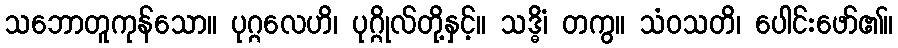
သဘောတူကုန်သော။ ပုဂ္ဂလေဟိ၊ ပုဂ္ဂိုလ်တို့နှင့်။ သဒ္ဓိံ၊ တကွ။ သံဝသတိ၊ ပေါင်းဖော်၏။